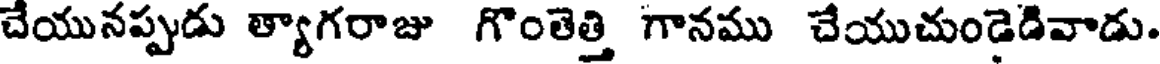
చేయునప్పుడు త్యాగరాజు గొంతెత్తి గానము చేయుచుండెడివాడు.